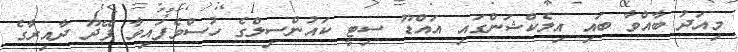
މިއަދު ބާއްވާ ބައި އިލެކްޝަންގައި އައްޑޫ ސިޓީ ކައުންސިލްގެ ހުސްވެފައިވާ ފޭދޫ ދާއިރާގެ